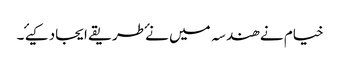
خیام نے ھندسہ میں نۓ طریقے ایجاد کیۓ ۔